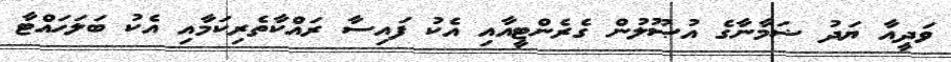
ވަދީއާ ޔަދު ޟަމާނާގެ އުޞޫލުން ގެރެންޓީއާއި އެކު ފައިސާ ރައްކާތެރިކަމާއި އެކު ބަލަހައްޓާ